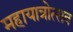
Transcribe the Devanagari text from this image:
महायात्रोत्सव